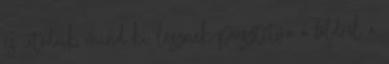
és utódaik mind ki lesznek pusztítva a földről a